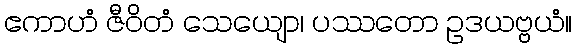
ဧကာဟံ ဇီဝိတံ သေယျော၊ ပဿတော ဥဒယဗ္ဗယံ။